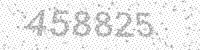
Solution: 458825